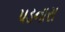
પડનારા